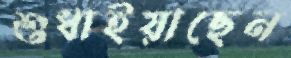
শুধাইয়াছেন